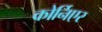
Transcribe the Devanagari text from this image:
कोर्निएर